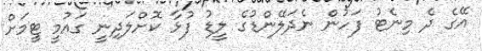
އޭގެ ދެ މިނެޓު ފަހުން ނެދަލޭންޑުގެ ލީޑު ފުޅާ ކޮށްލަދިނީ ގައުމީ ޓީމަށް